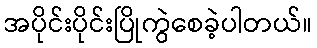
အပိုင်းပိုင်းပြိုကွဲစေခဲ့ပါတယ်။